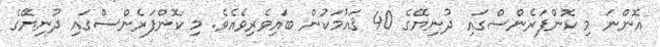
އޮންނަ މި ކޮންފަރެންސްގައި ދުނިޔޭގެ 40 ޤައުމަކުން ބައިވެރިވެއެވެ. މި ކޮންފަރެންސްގައި ދުނިޔޭގެ